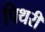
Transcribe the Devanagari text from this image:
पिथरी